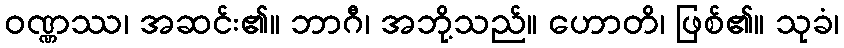
ဝဏ္ဏဿ၊ အဆင်း၏။ ဘာဂီ၊ အဘို့သည်။ ဟောတိ၊ ဖြစ်၏။ သုခံ၊